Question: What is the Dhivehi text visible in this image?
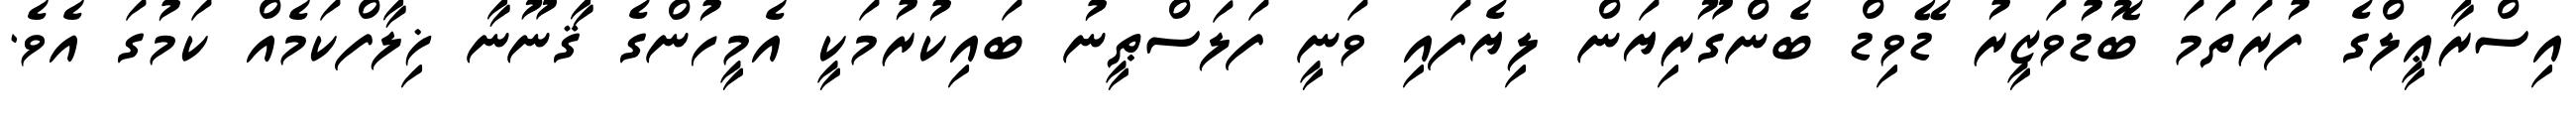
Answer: އިސްރާޢީލްގެ ފުރަތަމަ ބޮޑުވަޒީރު ޑޭވިޑް ބެންގޫރިޔަން ލިޔެފައި ވަނީ ފަލަސްޠީނު ބައިކުރުމަކީ އެމީހުންގެ ޤާނޫނާ ޚިލާފްކަމެއް ކަމުގަ އެވެ.